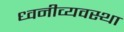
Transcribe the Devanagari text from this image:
ध्वनीव्यवस्था